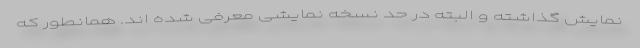
نمایش گذاشته و البته در حد نسخه نمایشی معرفی شده اند. همانطور که